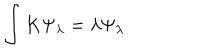
LaTeX: \int K \Psi _ { \lambda } = \lambda \Psi _ { \lambda }